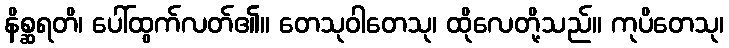
နိစ္ဆရတိ၊ ပေါ်ထွက်လတ်၏။ တေသုဝါတေသု၊ ထိုလေတို့သည်။ ကုပိတေသု၊